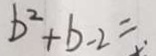
b ^ { 2 } + b - 2 =